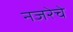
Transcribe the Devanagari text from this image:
नजरेचे